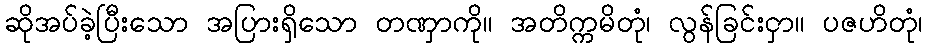
ဆိုအပ်ခဲ့ပြီးသော အပြားရှိသော တဏှာကို။ အတိက္ကမိတုံ၊ လွန်ခြင်းငှာ။ ပဇဟိတုံ၊